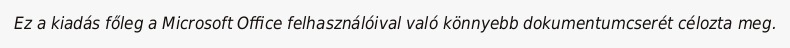
Ez a kiadás főleg a Microsoft Office felhasználóival való könnyebb dokumentumcserét célozta meg.